Lunatic asylums Central Provinces reports 1895-1909 - 1895-1909
Year: 1895
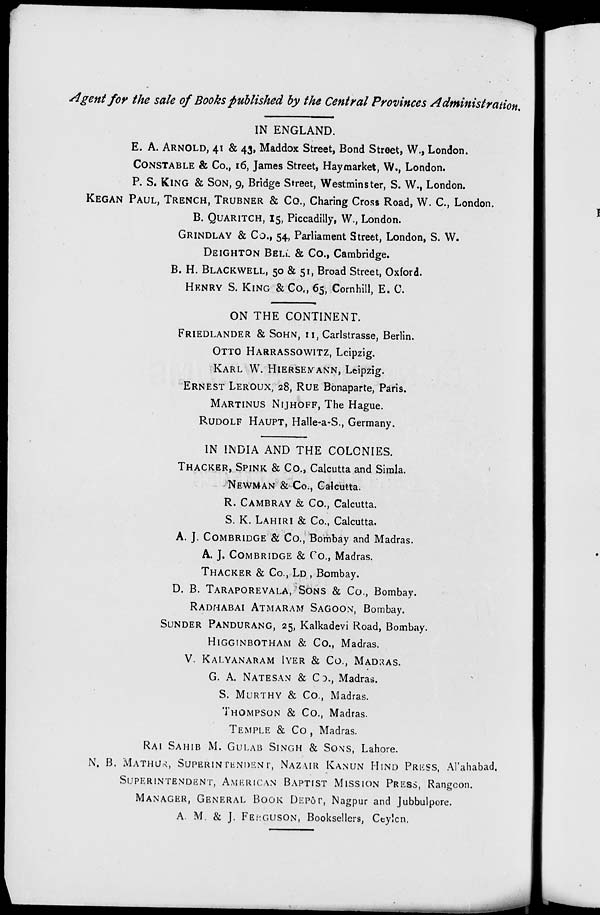
Agent for the sale of Books published by the Central Provinces Administration.
IN ENGLAND.
E. A. ARNOLD, 41 & 43, Maddox Street, Bond Street, W., London.
CONSTABLE & Co., 16, James Street, Haymarket, W., London.
P. S. KING & SON, 9, Bridge Street, Westminster, S. W., London.
KEGAN PAUL, TRENCH, TRUBNER & Co., Charing Cross Road, W. C., London.
B. QUARITCH, 15, Piccadilly, W., London.
GRINDLAY & Co., 54, Parliament Street, London, S. W.
DEIGHTON BELL & Co., Cambridge.
B. H. BLACKWELL, 50 & 51, Broad Street, Oxford.
HENRY S. KING & Co., 65, Cornhill, E. C.
ON THE CONTINENT.
FRIEDLANDER
& SOHN, 11, Carlstrasse, Berlin.
OTTO HARRASSOWITZ, Leipzig.
KARL W. HIERSEMANN, Leipzig.
ERNEST LEROUX, 28, RUE Bonaparte, Paris.
MARTINUS NIJHOFF, The Hague.
RUDOLF HAUPT, Halle-a-S., Germany.
IN INDIA AND THE COLONIES.
THACKER, SPINK & Co., Calcutta and Simla.
NEWMAN & Co., Calcutta.
R. CAMBRAY & Co., Calcutta.
S. K. LAHIRI & Co., Calcutta.
A. J. COMBRIDGE & Co., Bombay and Madras.
A. J. COMBRIDGE & Co., Madras.
THACKER & Co., LD , Bombay.
D. B. TARAPOREVALA, SONS & Co., Bombay.
RADHABAI ATMARAM SAGOON, Bombay.
SUNDER PANDURANG, 25, Kalkadevi Road, Bombay.
HIGGINBOTHAN & Co., Madras.
V. KALYANARAM IYER & Co., MADRAS.
G. A. NATESAN & Co., Madras.
S. MURTHY & Co., Madras.
THOMPSON & Co., Madras.
TEMPLE & Co, Madras.
RAI SAHIB M. GULAB SINGH & SONS, Lahore.
N. B. MATHUR, SUPERINTENDENT, NAZAIR KANUN HIND PRESS, Allahabad.
SUPERINTENDENT, AMERICAN BAPTIST MISSION PRESS, Rangoon.
MANAGER, GENERAL BOOK DEPOT, Nagpur and Jubbulpore.
A. M. & J. FERGUSON, Booksellers, Ceylon.